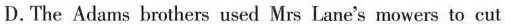
D.The Adams brothers used MrsLane's mowers to cut